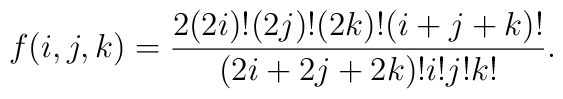
f(i,j,k)=\frac{2(2i)!(2j)!(2k)!(i+j+k)!}{(2i+2j+2k)!i!j!k!}.